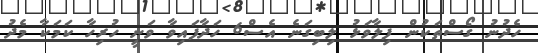
ހެދުނު ގޯސްތަކުން ފިލާވަޅު ލިިބިގަނެ އެސް6 ހަދާފައިވާ ވަނީ ހުރިހާ ކަމަކާ މެދު